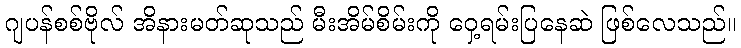
ဂျပန်စစ်ဗိုလ် အိနားမတ်ဆုသည် မီးအိမ်စိမ်းကို ဝှေ့ရမ်းပြနေဆဲ ဖြစ်လေသည်။